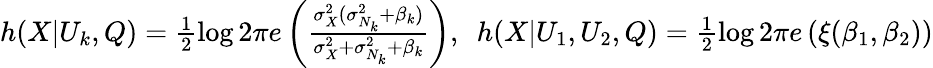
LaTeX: \begin{array}{r}{h(X|U_{k},Q)=\frac{1}{2}\log 2\pi e\left(\frac{\sigma_{X}^{2}(\sigma_{N_{k}}^{2}+\beta_{k})}{\sigma_{X}^{2}+\sigma_{N_{k}}^{2}+\beta_{k}}\right),~~h(X|U_{1},U_{2},Q)=\frac{1}{2}\log 2\pi e\left(\xi(\beta_{1},\beta_{2})\right)}\end{array}